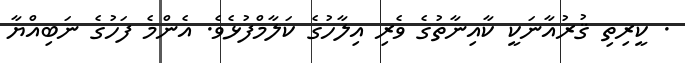
. ކީރިތި ޤުރުއާނަކީ ކާއިނާތުގެ ވެރި އިލާހުގެ ކަލާމްފުޅެވެ. އެންމެ ފަހުގެ ނަބިއްޔާ